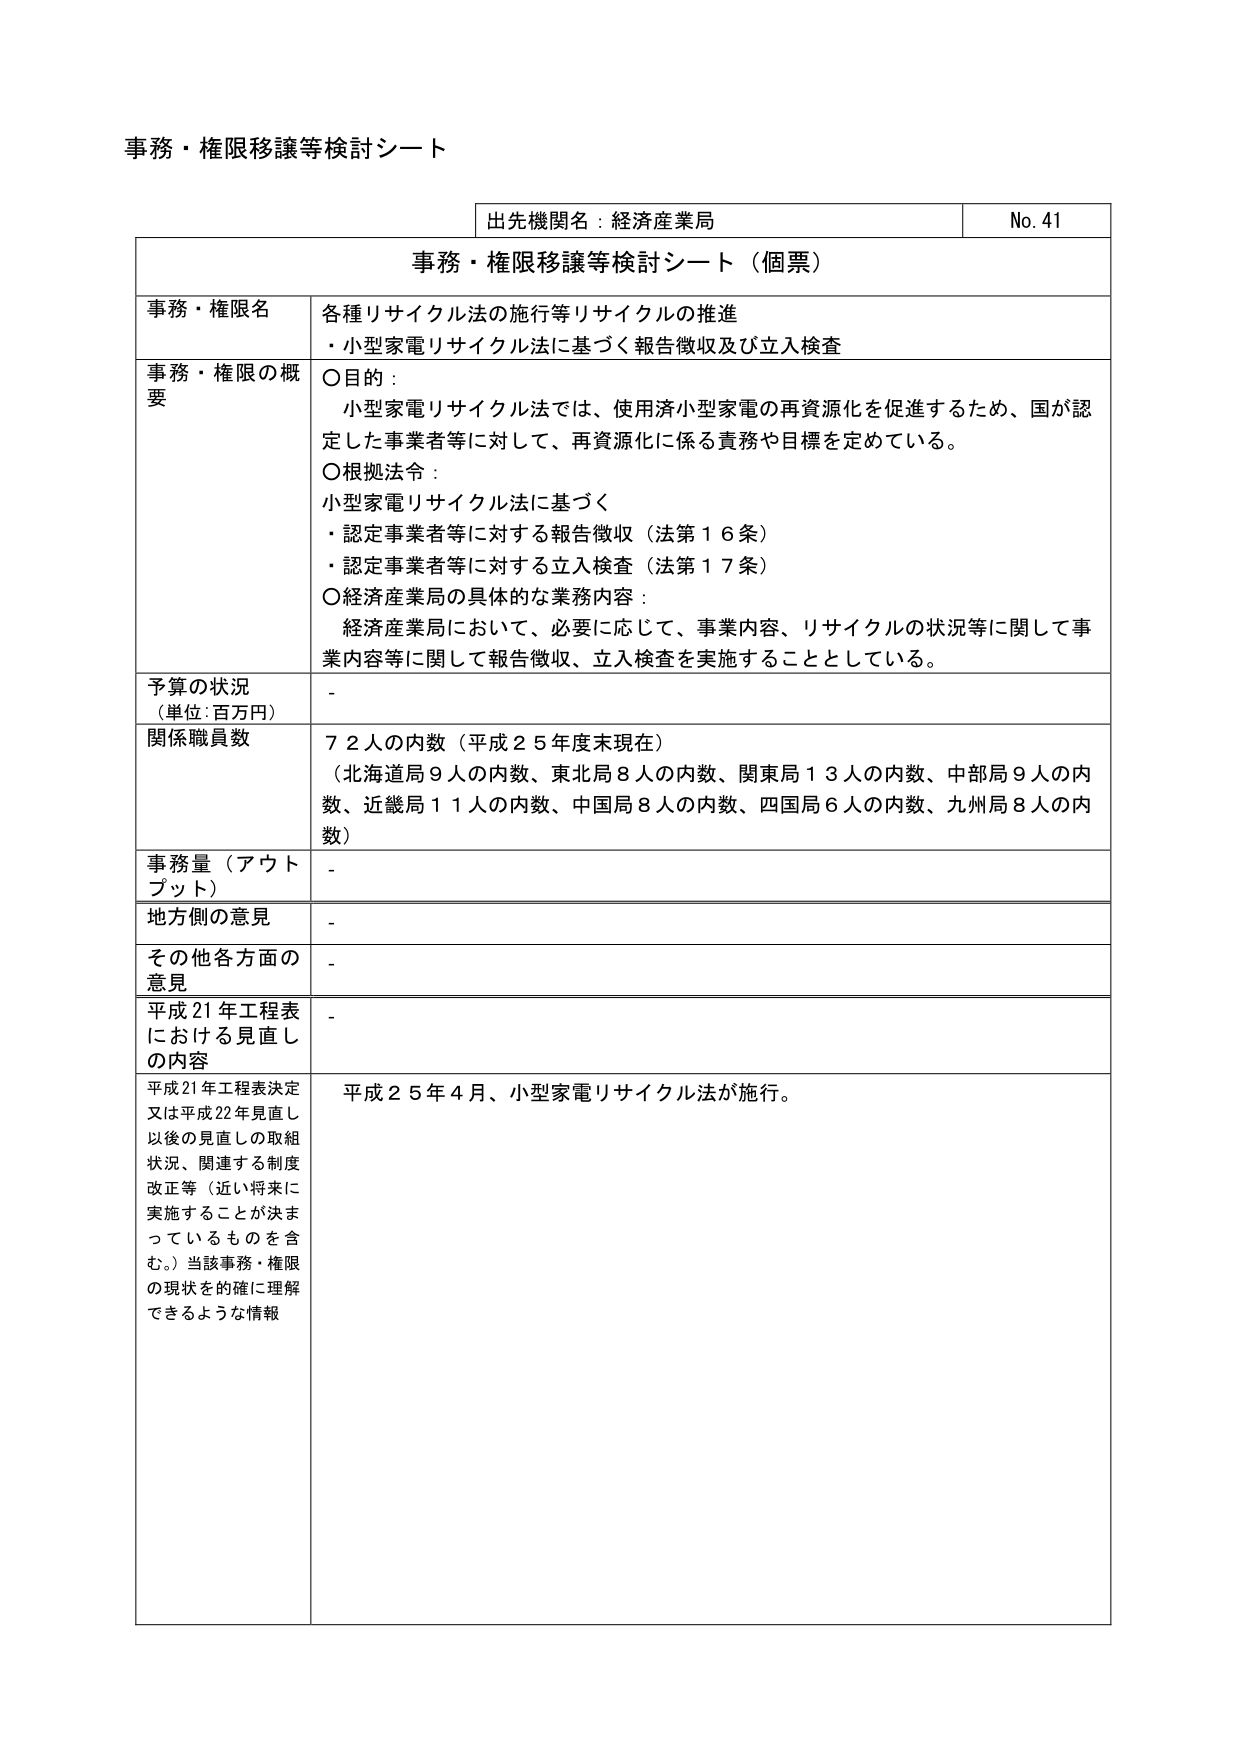
事務・権限移譲等検討シート

出先機関名：経済産業局